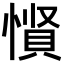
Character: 𪬡